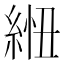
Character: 𦁁